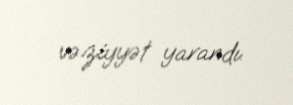
vəziyyət yarandı.